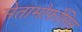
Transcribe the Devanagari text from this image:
मेतामोर्फ़ोसिस